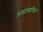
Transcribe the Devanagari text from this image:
अप्रांसगिक